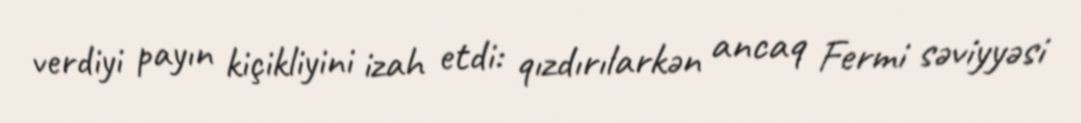
verdiyi payın kiçikliyini izah etdi: qızdırılarkən ancaq Fermi səviyyəsi